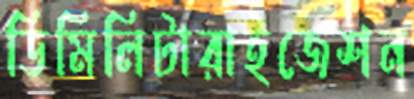
ডিমিলিটারাইজেশন